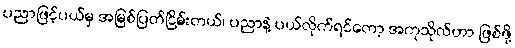
ပညာဖြင့်ပယ်မှ အမြစ်ပြတ်ငြိမ်းတယ်၊ ပညာနဲ့ ပယ်လိုက်ရင်တော့ အကုသိုလ်ဟာ ဖြစ်ဖို့